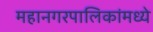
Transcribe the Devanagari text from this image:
महानगरपालिकांमध्ये